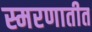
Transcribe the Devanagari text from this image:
स्मरणातीत